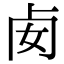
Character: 𠧜